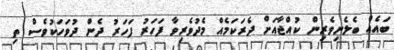
ބައެއް ބެލެނިވެރިން ކުއްޖާއަށް ދެރަކަމެއް މެދުވެރިވާ ފަހަރު ފަހަރު ދެން ދުވަހަކުވެސް ތި